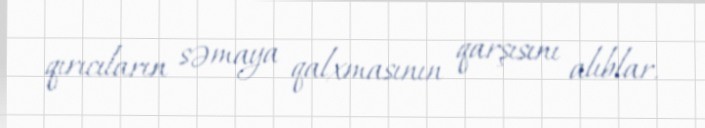
qırıcıların səmaya qalxmasının qarşısını alıblar.